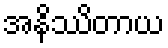
အနိဿိတာယ